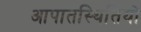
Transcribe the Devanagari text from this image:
आपातस्थितियों